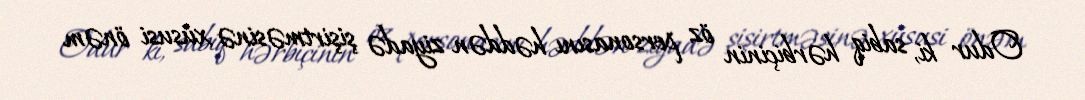
Odur ki, sabiq hərbiçinin öz personasını həddən ziyadə şişirtməsinə xüsusi önəm